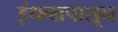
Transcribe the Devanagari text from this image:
इंधनापासून